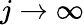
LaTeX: j\rightarrow\infty